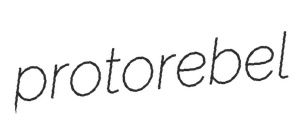
protorebel